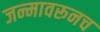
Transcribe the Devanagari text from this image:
जन्मावरूनच